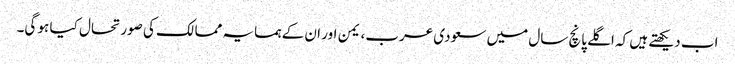
اب دیکھتے ہیں کہ اگلے پانچ سال میں سعودی عرب، یمن اور ان کے ہمسایہ ممالک کی صورتحال کیا ہو گی۔